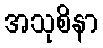
အသုစိနာ